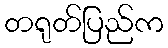
တရုတ်ပြည်က